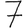
Digit: 7